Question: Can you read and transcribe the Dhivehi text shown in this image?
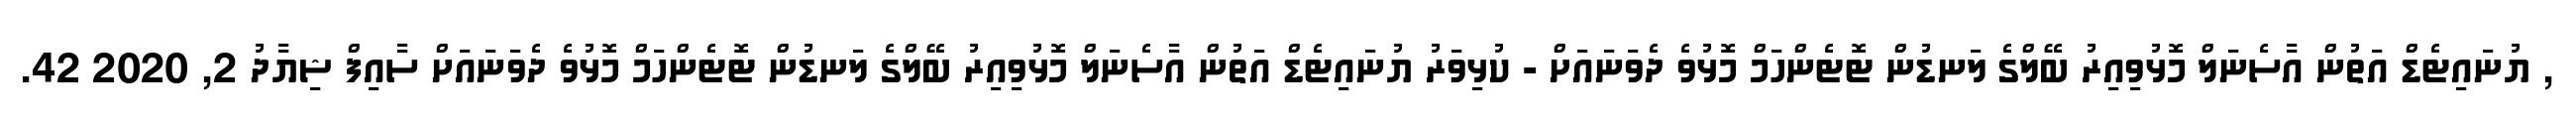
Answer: , ޔުނައިޓެޑް އަތުން އާސެނަލް މޮޅުވިއިރު ބޭލްގެ ލަނޑުން ޓޮޓެންހަމް މޮޅުވެ ދެވަނައަށް - ކުޅިވަރު ޔުނައިޓެޑް އަތުން އާސެނަލް މޮޅުވިއިރު ބޭލްގެ ލަނޑުން ޓޮޓެންހަމް މޮޅުވެ ދެވަނައަށް ސާއިފް ޝިޔާދު 2, 2020 42.